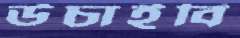
উচাইবি